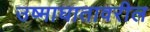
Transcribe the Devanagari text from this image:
उष्माघातावरील